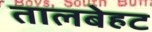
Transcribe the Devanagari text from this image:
तालबेहट